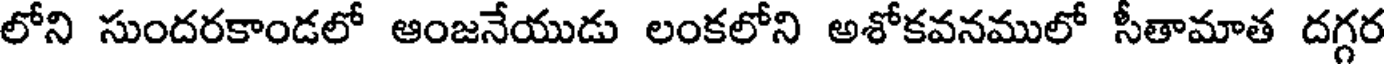
లోని సుందరకాండలో ఆంజనేయుడు లంకలోని అశోకవనములో సీతామాత దగ్గర